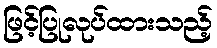
ဖြင့်ပြုလုပ်ထားသည့်